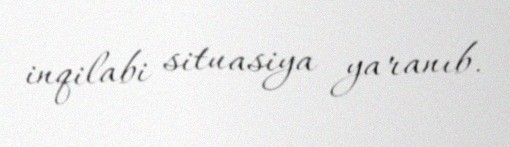
inqilabi situasiya yaranıb.